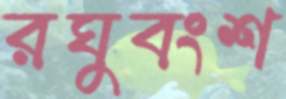
রঘুবংশ